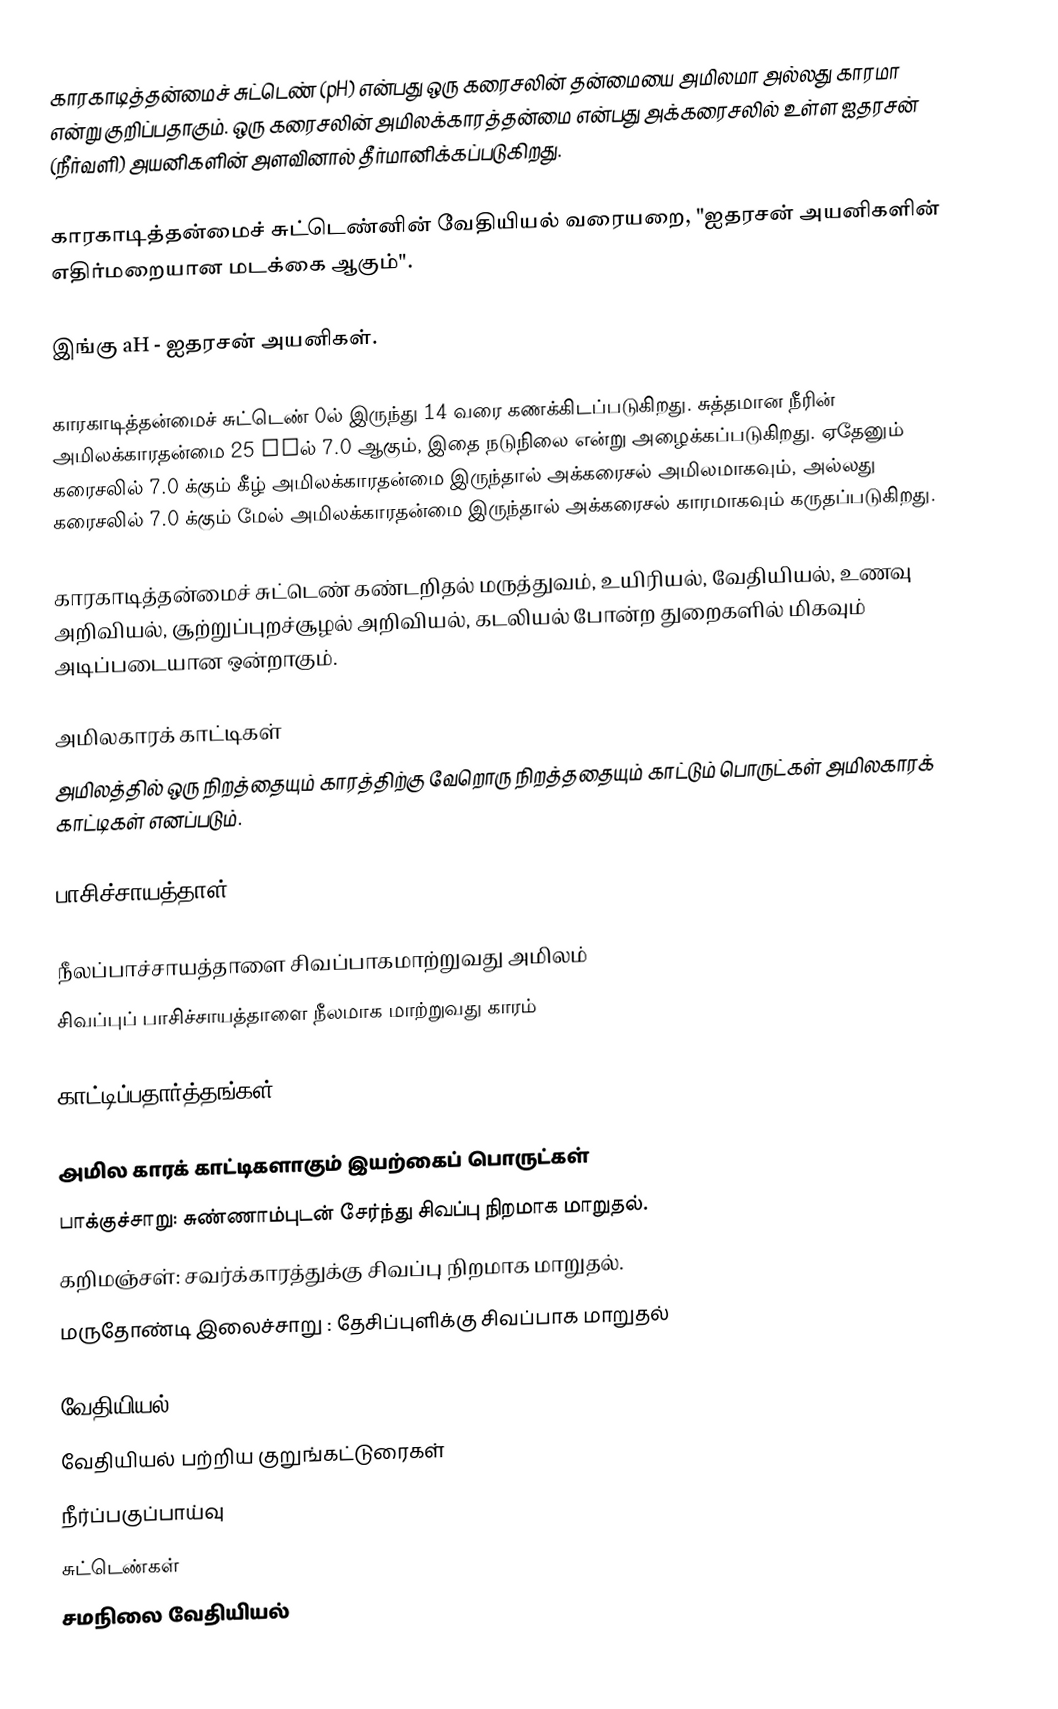
காரகாடித்தன்மைச் சுட்டெண் (pH) என்பது ஒரு கரைசலின் தன்மையை அமிலமா அல்லது காரமா என்று குறிப்பதாகும். ஒரு கரைசலின் அமிலக்காரத்தன்மை என்பது அக்கரைசலில் உள்ள ஐதரசன் (நீர்வளி) அயனிகளின் அளவினால் தீர்மானிக்கப்படுகிறது.

காரகாடித்தன்மைச் சுட்டெண்னின் வேதியியல் வரையறை, "ஐதரசன் அயனிகளின் எதிர்மறையான மடக்கை ஆகும்".

இங்கு aH - ஐதரசன் அயனிகள்.

காரகாடித்தன்மைச் சுட்டெண் 0ல் இருந்து 14 வரை கணக்கிடப்படுகிறது. சுத்தமான நீரின் அமிலக்காரதன்மை 25 °Cல் 7.0 ஆகும், இதை நடுநிலை என்று அழைக்கப்படுகிறது. ஏதேனும் கரைசலில் 7.0 க்கும் கீழ் அமிலக்காரதன்மை இருந்தால் அக்கரைசல் அமிலமாகவும், அல்லது கரைசலில் 7.0 க்கும் மேல் அமிலக்காரதன்மை இருந்தால் அக்கரைசல் காரமாகவும் கருதப்படுகிறது.

காரகாடித்தன்மைச் சுட்டெண் கண்டறிதல் மருத்துவம், உயிரியல், வேதியியல், உணவு அறிவியல், சூற்றுப்புறச்சூழல் அறிவியல், கடலியல் போன்ற துறைகளில் மிகவும் அடிப்படையான ஒன்றாகும்.

அமிலகாரக் காட்டிகள்
அமிலத்தில் ஒரு நிறத்தையும் காரத்திற்கு வேறொரு நிறத்ததையும் காட்டும் பொருட்கள் அமிலகாரக் காட்டிகள் எனப்படும்.

பாசிச்சாயத்தாள் (Litmus)

 நீலப்பாச்சாயத்தாளை சிவப்பாகமாற்றுவது அமிலம்
 சிவப்புப் பாசிச்சாயத்தாளை நீலமாக மாற்றுவது காரம்

காட்டிப்பதார்த்தங்கள்

அமில காரக் காட்டிகளாகும் இயற்கைப் பொருட்கள்
 பாக்குச்சாறு: சுண்ணாம்புடன் சேர்ந்து சிவப்பு நிறமாக மாறுதல்.
 கறிமஞ்சள்: சவர்க்காரத்துக்கு சிவப்பு நிறமாக மாறுதல்.
 மருதோண்டி இலைச்சாறு : தேசிப்புளிக்கு சிவப்பாக மாறுதல்

வேதியியல்
வேதியியல் பற்றிய குறுங்கட்டுரைகள்
நீர்ப்பகுப்பாய்வு
சுட்டெண்கள்
சமநிலை வேதியியல்